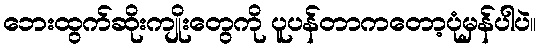
ဘေးထွက်ဆိုးကျိုးတွေကို ပူပန်တာကတော့ပုံမှန်ပါပဲ။